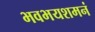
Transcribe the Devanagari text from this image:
भवभयशमनं